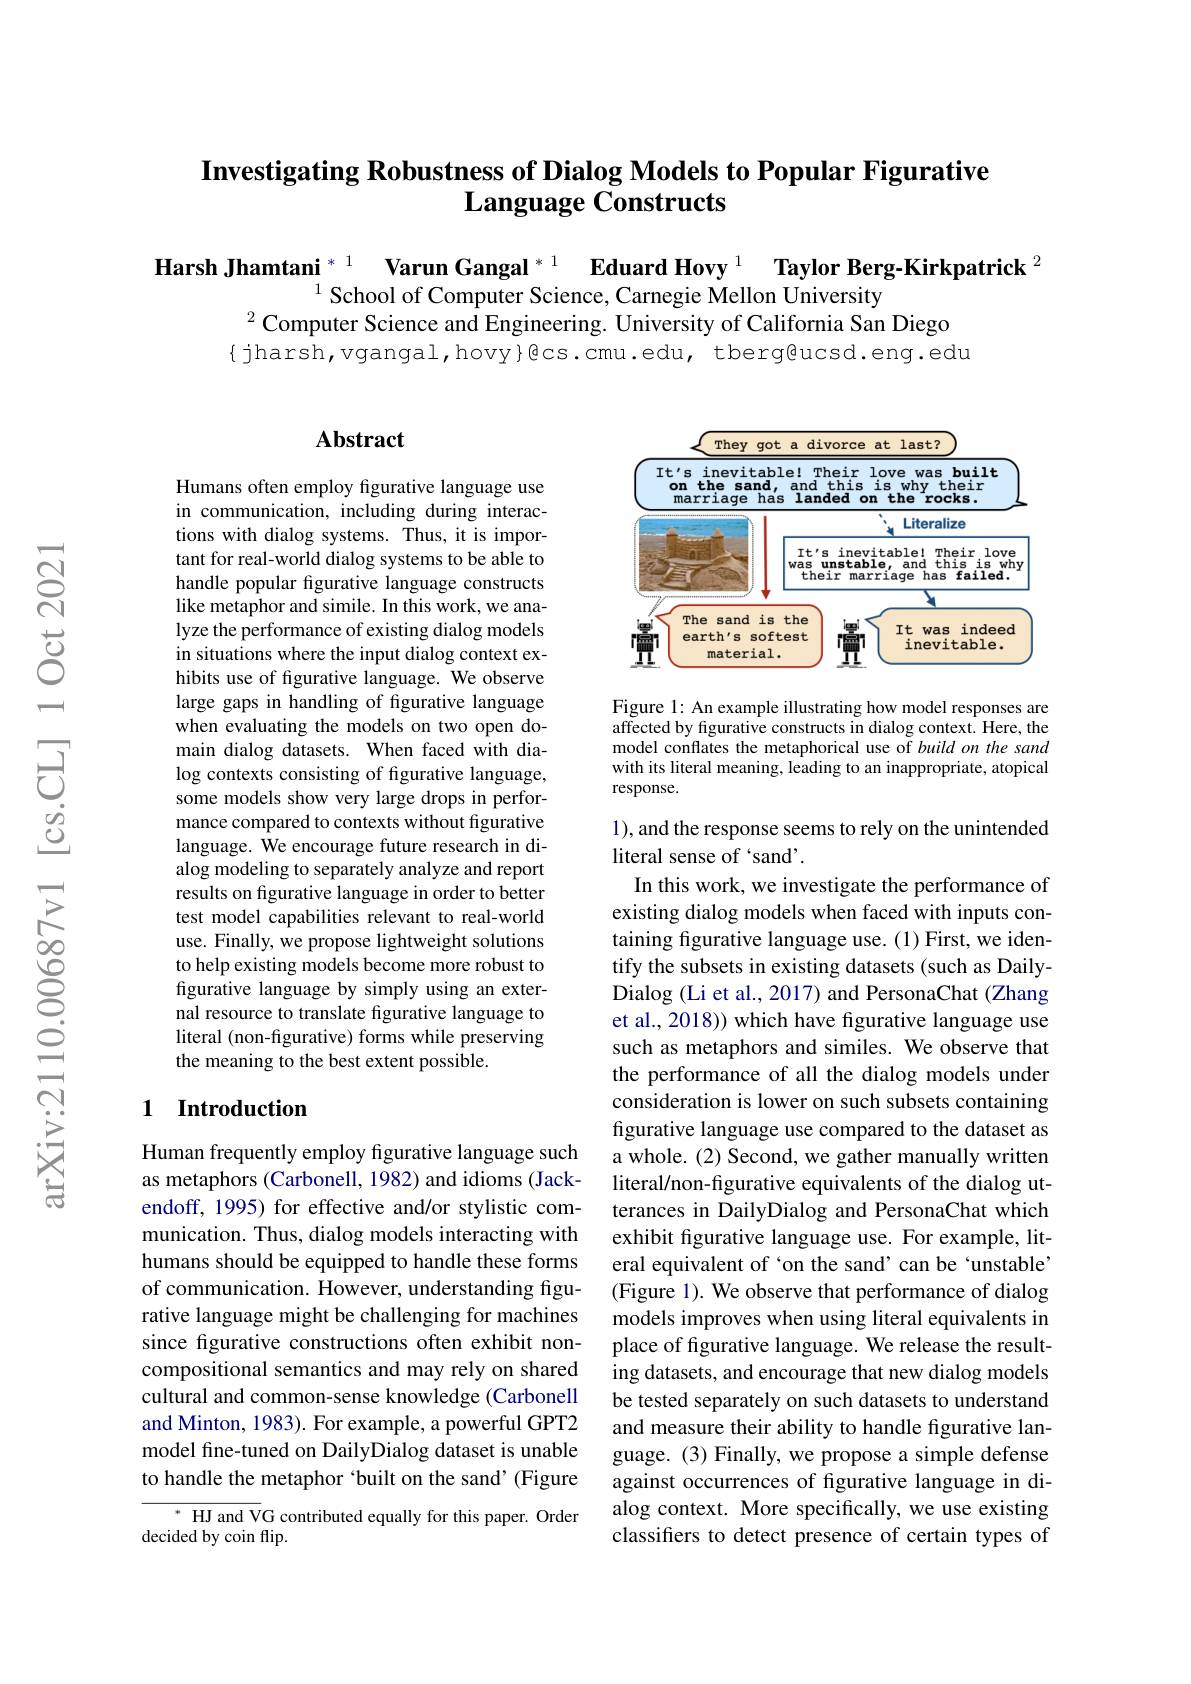
## Investigating Robustness of Dialog Models to Popular Figurative $\textbf{Language Constructs}$

$\textbf{Harsh Jhamtani}^{*1}\textbf{Varun Gangal}^{*1}\textbf{Eduard Hovy}^{1}\textbf{Taylor Berg-Kirkpatrick}^{2}$
$^2$Computer Science and Engineering. University of California San Diego { jharsh, vgangal, hovy}@cs. cmu.edu, tberg@ucsd. eng. edu

## Abstract

<FigureHere>

Figure 1: An example illustrating how model responses are affected by figurative constructs in dialog context. Here, the model conflates the metaphorical use of build on the sand with its literal meaning, leading to an inappropriate, atopical response.

Humans often employ figurative language use in communication, including during interactions with dialog systems. Thus, it is important for real-world dialog systems to be able to handle popular fgurative language constructs like metaphor and simile. In this work, we analyze the performance of existing dialog models in situations where the input dialog context exhibits use of figurative language. We observe large gaps in handling of figurative language when evaluating the models on two open domain dialog datasets. When faced with dia- $\log$ contexts consisting of figurative language, some models show very large drops in performance compared to contexts without figurative language. We encourage future research in dialog modeling to separately analyze and report results on figurative language in order to better test model capabilities relevant to real-world use. Finally, we propose lightweight solutions to help existing models become more robust to figurative language by simply using an external resource to translate figurative language to literal (non-figurative) forms while preserving the meaning to the best extent possible.

## 1 Introduction

1), and the response seems to rely on the unintended
literal sense of `sand'.
In this work, we investigate the performance of existing dialog models when faced with inputs containing figurative language use. (1) First, we identify the subsets in existing datasets (such as DailyDialog (Li et al., 2017) and PersonaChat (Zhang et al., 2018)) which have figurative language use such as metaphors and similes. We observe that the performance of all the dialog models under consideration is lower on such subsets containing figurative language use compared to the dataset as a whole. (2) Second, we gather manually written literal/non-figurative equivalents of the dialog utterances in DailyDialog and PersonaChat which exhibit figurative language use. For example, literal equivalent of `on the sand’can be‘unstable” (Figure 1). We observe that performance of dialog models improves when using literal equivalents in place of figurative language. We release the resulting datasets, and encourage that new dialog models be tested separately on such datasets to understand and measure their ability to handle figurative language. (3) Finally, we propose a simple defense against occurrences of figurative language in dialog context. More specifically, we use existing classifiers to detect presence of certain types of

Human frequently employ figurative language such as metaphors (Carbonell, 1982) and idioms (Jackendoff, 1995) for effective and/or stylistic communication. Thus, dialog models interacting with humans should be equipped to handle these forms of communication. However, understanding figurative language might be challenging for machines since fgurative constructions often exhibit noncompositional semantics and may rely on shared cultural and common-sense knowledge (Carbonell and Minton, 1983). For example, a powerful GPT2 model fine-tuned on DailyDialog dataset is unable to handle the metaphor 'built on the sand’(Figure

$^*$ HJ and VG contributed equally for this paper. Order
decided by coin flip.